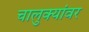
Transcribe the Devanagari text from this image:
चालुक्यांवर